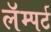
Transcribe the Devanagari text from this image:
लॅम्पर्ट